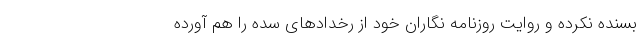
بسنده نکرده و روایت روزنامه نگاران خود از رخدادهای سده را هم آورده